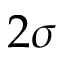
2 \sigma